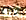
أخلوا